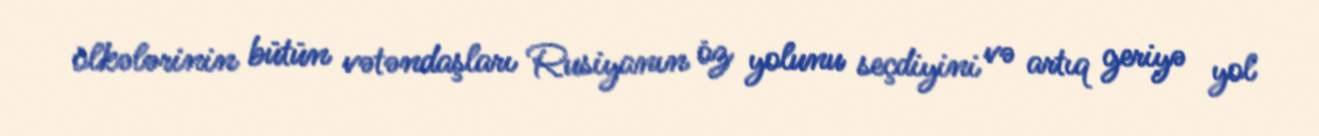
ölkələrinin bütün vətəndaşları Rusiyanın öz yolunu seçdiyini və artıq geriyə yol